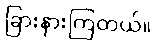
ခြားနားကြတယ်။